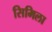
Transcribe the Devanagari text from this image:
सिमिला